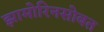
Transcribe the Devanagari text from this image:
झामोरिनसोबत